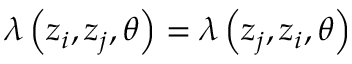
\lambda \left( z _ { i } , z _ { j } , \theta \right) = \lambda \left( z _ { j } , z _ { i } , \theta \right)